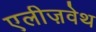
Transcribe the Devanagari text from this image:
एलीज़वेथ